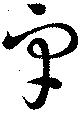
宇